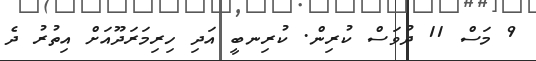
9 މަސް 11 ދުވަސް ކުރިން. ކުރިނބީ އަދި ހިރިމަރަދޫއަށް އިތުރު ދެ